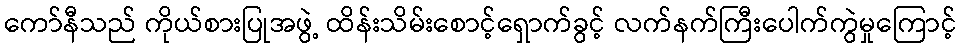
ကော်နီသည် ကိုယ်စားပြုအဖွဲ့ ထိန်းသိမ်းစောင့်ရှောက်ခွင့် လက်နက်ကြီးပေါက်ကွဲမှုကြောင့်